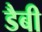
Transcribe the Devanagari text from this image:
डैबी